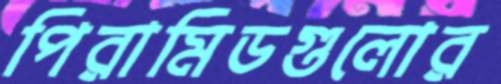
পিরামিডগুলোর